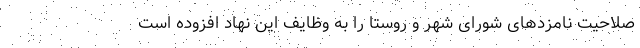
صلاحیت نامزدهای شورای شهر و روستا را به وظایف این نهاد افزوده است